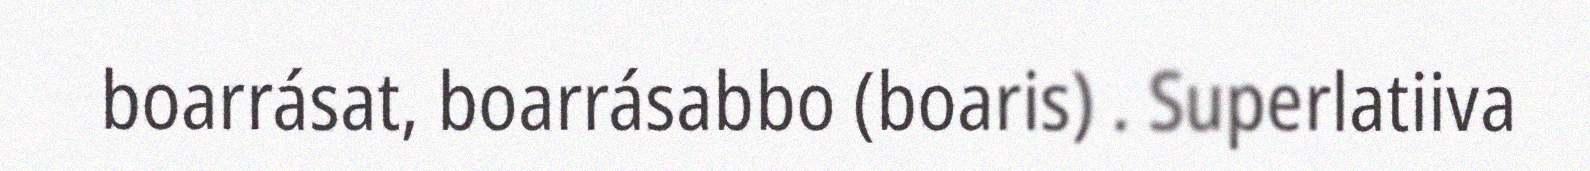
boarrásat, boarrásabbo (boaris) . Superlatiiva